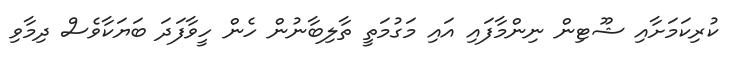
ކުރިކަމަށާއި ޝޫޓިން ނިންމާފައި އައި މަގުމަތީ ތާލިބާނުން ހެން ހީވާފަދަ ބަޔަކާވެސް ދިމާވި